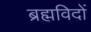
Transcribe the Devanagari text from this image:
ब्रह्मविदों